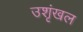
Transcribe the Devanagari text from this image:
उशृंखल